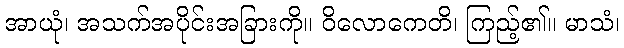
အာယုံ၊ အသက်အပိုင်းအခြားကို။ ဝိလောကေတိ၊ ကြည့်၏။ မာသံ၊